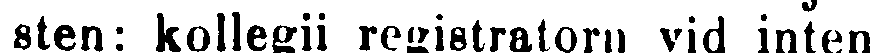
sten: kollegii registratorn vid inten-